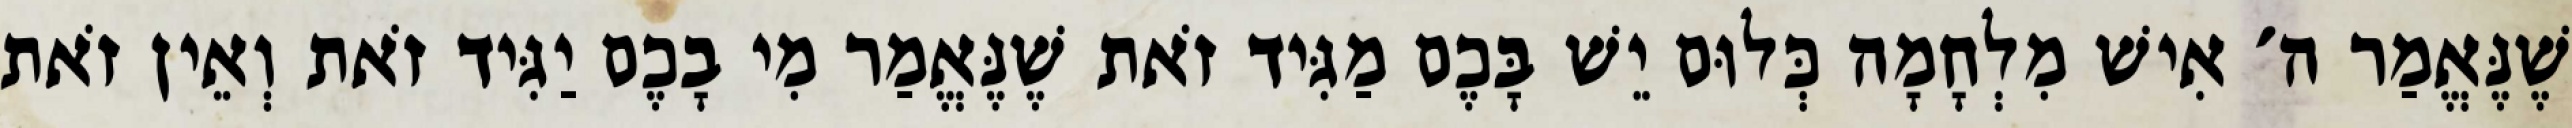
שֶׁנֶּאֱמַר ה׳ אִישׁ מִלְחָמָה כְּלוּם יֵשׁ בָּכֶם מַגִּיד זֹאת שֶׁנֶּאֱמַר מִי בָכֶם יַגִּיד זֹאת וְאֵין זֹאת